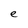
Character: e